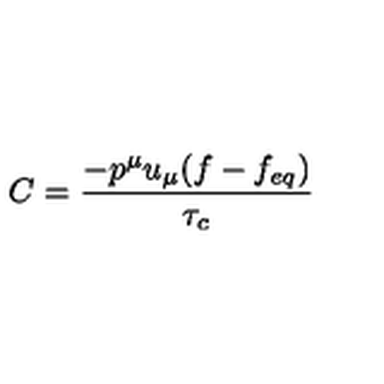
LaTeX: C = { \frac { - { p ^ { \mu } u _ { \mu } ( f - f _ { e q } ) } } { \tau _ { c } } }